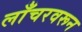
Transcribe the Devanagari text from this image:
लाँचरवरून